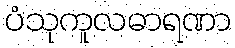
ပံသုကူလဓာရဏာ